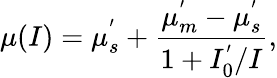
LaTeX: \mu(I)=\mu_{s}^{'}+\frac{\mu_{m}^{'}-\mu_{s}^{'}}{1+I_{0}^{'}/I},